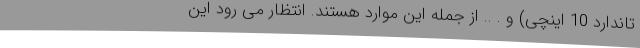
تاندارد 10 اینچی) و . .. از جمله این موارد هستند. انتظار می رود این